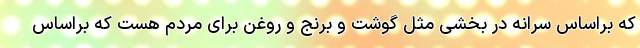
که براساس سرانه در بخشی مثل گوشت و برنج و روغن برای مردم هست که براساس